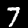
Label: 7